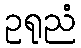
ဥရုညံ